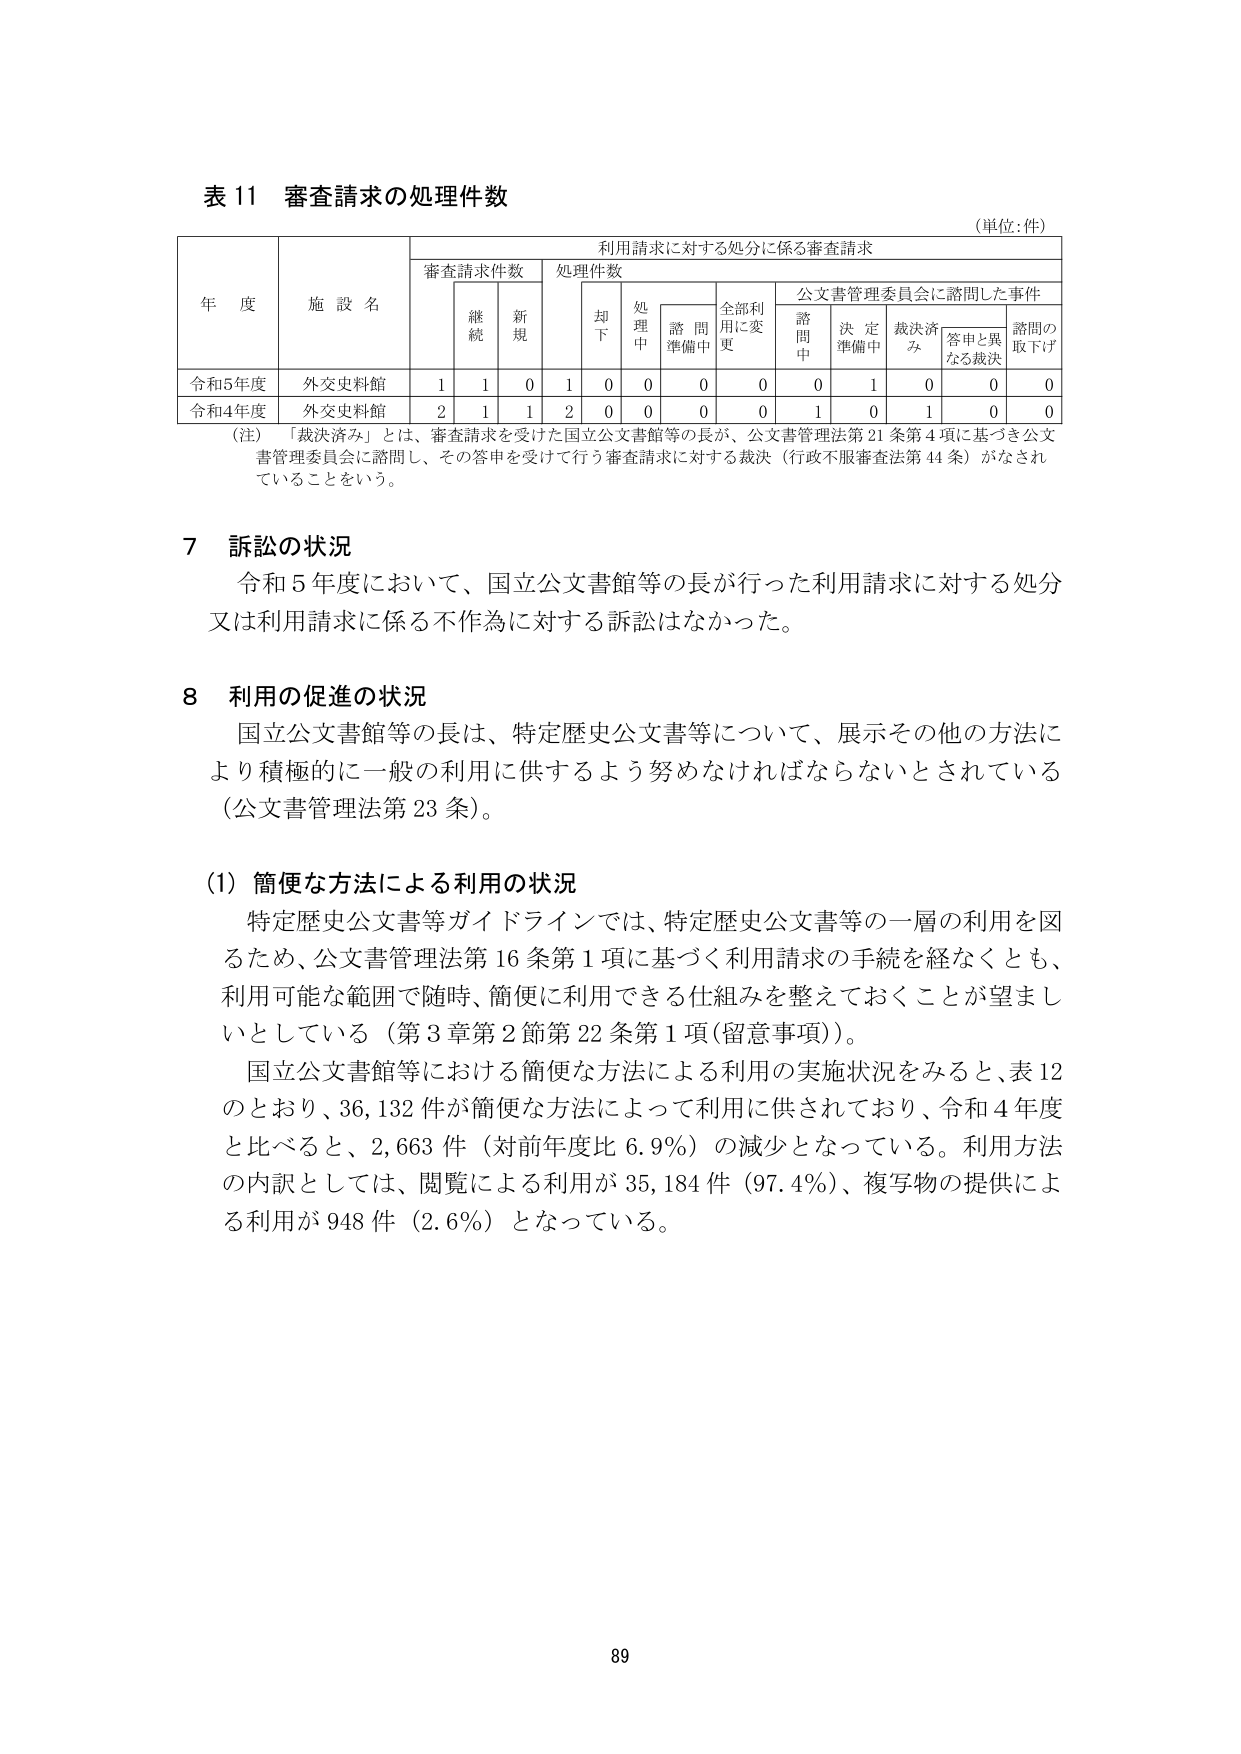
表 11 審査請求の処理件数
（単位：件）

年 度　　施 設 名　　審査請求件数　　処理件数　　利用請求に対する処分に係る審査請求　　公文書管理委員会に諮問した事件
　　　　　　　　　　　　継続　　新規　　却下　　処理中　　諮問準備中　　全部利用に変更　　諮問中　　決定準備中　　裁決済み　　答申と異なる裁決　　諮問の取下げ

令和5年度　外交史料館　　1　　1　　0　　1　　0　　0　　0　　0　　1　　0　　0　　0
令和4年度　外交史料館　　2　　1　　1　　2　　0　　0　　0　　0　　1　　0　　1　　0

（注）「裁決済み」とは、審査請求を受けた国立公文書館等の長が、公文書管理法第21条第4項に基づき公文書管理委員会に諮問し、その答申を受けて行う審査請求に対する裁決（行政不服審査法第44条）がなされていることをいう。

7 訴訟の状況
　令和5年度において、国立公文書館等の長が行った利用請求に対する処分又は利用請求に係る不作為に対する訴訟はなかった。

8 利用の促進の状況
　国立公文書館等の長は、特定歴史公文書等について、展示その他の方法により積極的に一般の利用に供するよう努めなければならないとされている（公文書管理法第23条）。

（1）簡便な方法による利用の状況
　特定歴史公文書等ガイドラインでは、特定歴史公文書等の一層の利用を図るため、公文書管理法第16条第1項に基づく利用請求の手続を経なくとも、利用可能な範囲で随時、簡便に利用できる仕組みを整えておくことが望ましいとしている（第3章第2節第22条第1項（留意事項））。
　国立公文書館等における簡便な方法による利用の実施状況をみると、表12のとおり、36,132件が簡便な方法によって利用に供されており、令和4年度と比べると、2,663件（対前年度比6.9％）の減少となっている。利用方法の内訳としては、閲覧による利用が35,184件（97.4％）、複写物の提供による利用が948件（2.6％）となっている。

89